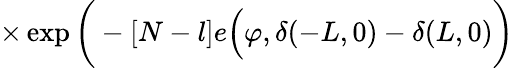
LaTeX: \times\exp\bigg(-[N-l]e\Big(\varphi,\delta(-L,0)-\delta(L,0)\bigg)